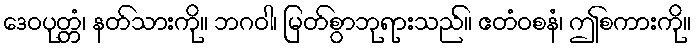
ဒေဝပုတ္တံ၊ နတ်သားကို။ ဘဂဝါ၊ မြတ်စွာဘုရားသည်။ ဧတံဝစနံ၊ ဤစကားကို။